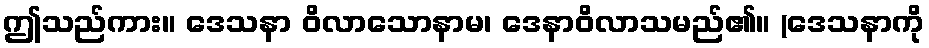
ဤသည်ကား။ ဒေသနာ ဝိလာသောနာမ၊ ဒေနာဝိလာသမည်၏။ (ဒေသနာကို